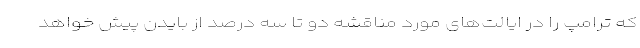
که ترامپ را در ایالت‌های مورد مناقشه دو تا سه درصد از بایدن پیش خواهد